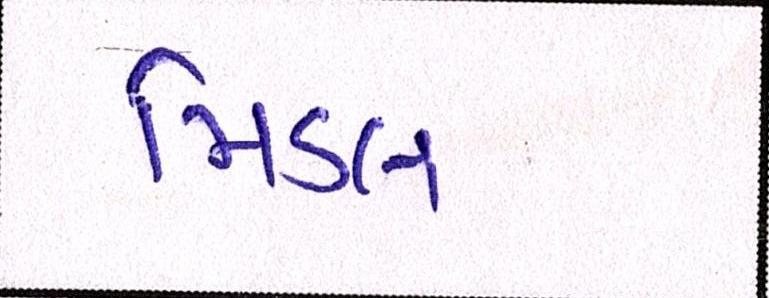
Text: મિડલ